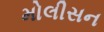
મોલીસન